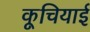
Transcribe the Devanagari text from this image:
कूचियाई